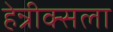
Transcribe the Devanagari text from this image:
हेन्रीक्सला